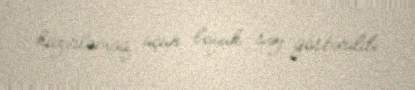
hazırlamaq üçün böyük səy göstərildi.